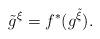
LaTeX: \begin{align*}\tilde{g}^{\xi }=f^{\ast }(g^{\tilde{\xi}}). \end{align*}